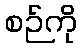
စဉ်ကို